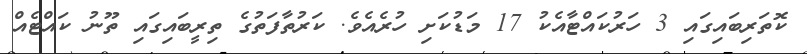
ކޮތަރިބައިގައި 3 ހަރުކައްޓާއެކު 17 މަޑުކަށި ހުރެއެވެ. ކަރުތާފަތުގެ ތިރީބައިގައި ތޫނު ކައްޓެއް